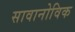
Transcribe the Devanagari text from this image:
सावानोविक